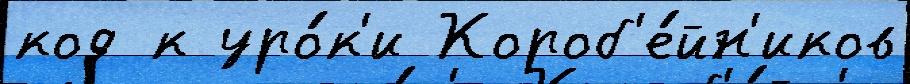
код к уро́к'и Короб'е́йн'иков